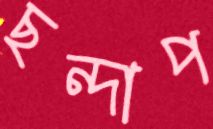
ছন্দাপ